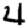
Digit: 4